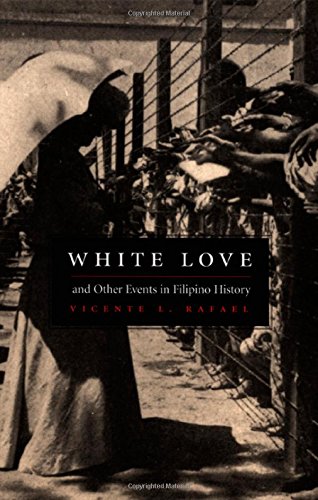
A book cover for White Love and Other Events in Filipino History (American Encounters/Global Interactions); Vicente L. Rafael; History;